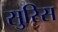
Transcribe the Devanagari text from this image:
सुरिस